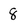
Character: 8